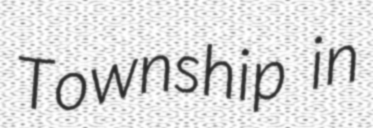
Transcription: Township in